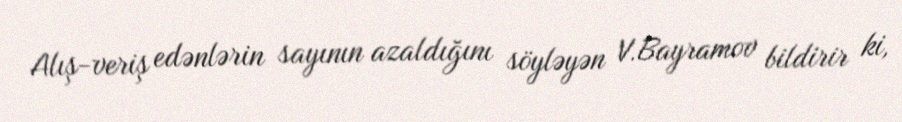
Alış-veriş edənlərin sayının azaldığını söyləyən V.Bayramov bildirir ki,